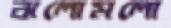
ঝলোমলো